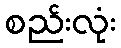
စည်းလုံး